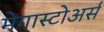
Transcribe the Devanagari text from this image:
मेगास्टोअर्स